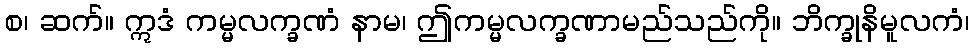
စ၊ ဆက်။ ဣဒံ ကမ္မလက္ခဏံ နာမ၊ ဤကမ္မလက္ခဏာမည်သည်ကို။ ဘိက္ခုနိမူလကံ၊